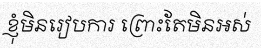
ខ្ញុំមិនរៀបការ ព្រោះតែមិនអស់